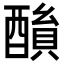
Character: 𨢖